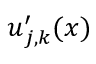
\boldsymbol { u } _ { j , \boldsymbol { k } } ^ { \prime } ( \boldsymbol { x } )